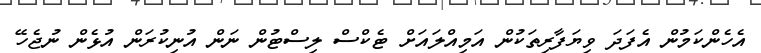
އެހެންކަމުން އެފަދަ ވިޔަފާރިތަކުން އަމިއްލައަށް ޓެކްސް ލިސްޓުން ނަން އުނިކުރަން އުޅެން ނުޖެހޭ